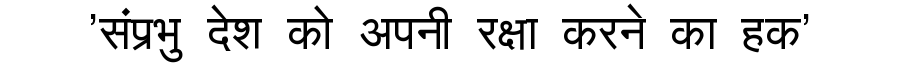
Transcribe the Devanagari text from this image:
'संप्रभु देश को अपनी रक्षा करने का हक'